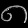
Digit: ၈